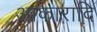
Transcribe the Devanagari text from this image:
आकारादि